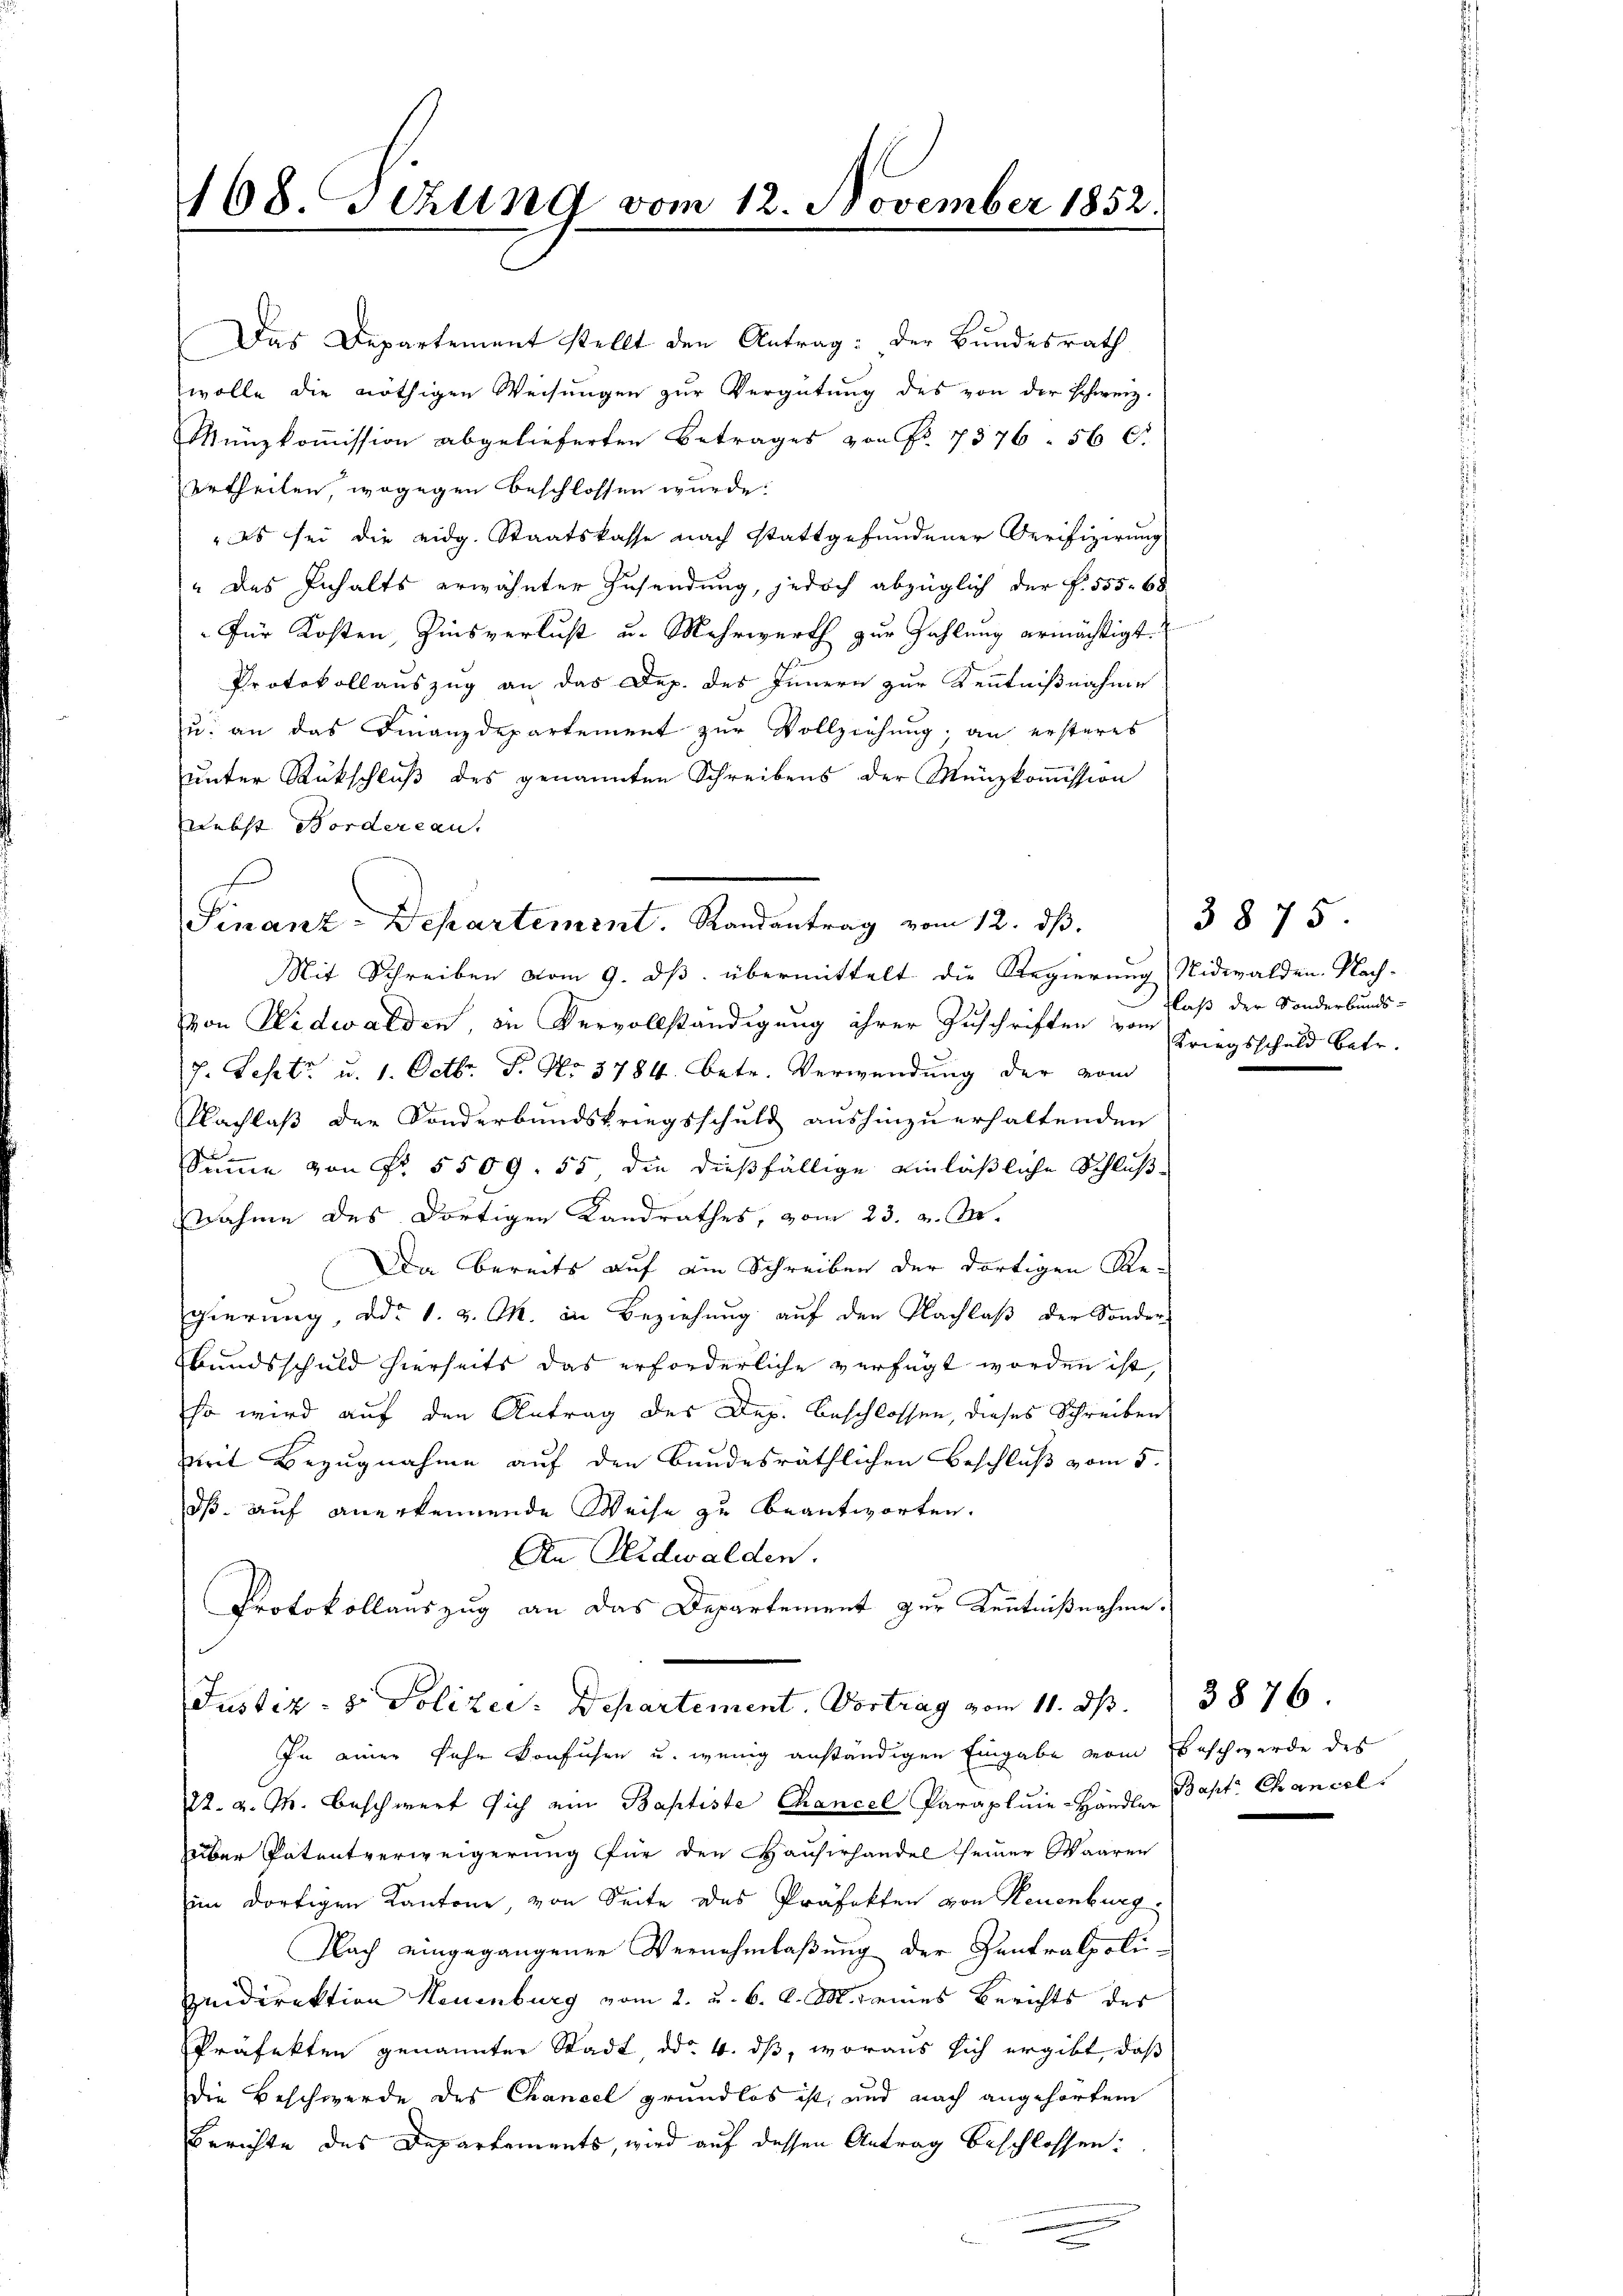
168. Sehling vom 12. November 1852.
.....................................................

Das Departement stellt den Antrag: der Bundesrath
wolle die nöthigen Weisungen zur Vergütung des von der schweiz.
Münzkommission abgelieferten Betrages von Nr. 7376. 56 C.
urtheilen, wogegen beschlossen wurde.
" Es sei die eidg. Staatskasse nach stattgefundener Verifizierung
" des Inhalts erwähnter Zusendung, jedoch abzüglich der f. 555. 68
Für Kosten, Zinsverlust u. Mehrwerth zur Zahlung ermächtigt.
Protokollauszug an das Dep. des Innern zur Kenntnißnahme
u. an das Finanzdepartement zur Vollziehung; an ersteres
unter Rückschluß des genannten Schreibens der Münzkommission
nebst Nordereau.
.
Mit Schreiben vom 9. ds. übermittelt die Regierung Nidwalden. Nachvon Nidwalden, in Vervollständigung ihrer Zuschriften von Kriegsschuld betr.
J. Lesetz u. 1. Octbr. T. No. 3784. betr. Verwendung der vom
Nachlaß der Sonderbundskriegsschuld aushinzuerhaltenden
Summe von Fr. 5509. 55 die dießfällige einläßliche Schlußnahme des dortigen Landrathes, vom 23. v. M.
Da bereits auf ein Schreiben der dortigen Regierung, ddo 1. v. M. in Beziehung auf den Nachlaß der Sonder-
Bundsschuld hierseits das erforderliche verfügt worden ist,
so wird auf den Antrag des Dep. Beschlossen, dieses Schreiben
mit Bezugnahme auf den bundesräthlichen Beschluß vom 5.
dß auf anerkennende Weise zu beantworten.
An Nidwalden.
Protokollauszug an das Departement zur Kenntnißnahme.
Justiz- & Polizei: Departement. Vortrag vom 11. ds.
In einer fahr konfuhren u. wenig anständigen Eingabe vom Beschwerde des
22. v. M. beschwert sich ein Baptiste Chancel Parapluie-Händler Bapt. Chancel
über Patentverweigerung für den Hausirhandel seiner Waaren
n dortigen Kantone, von Seite des Präfekten von Neuenburg
Nach eingegangenen Vernehmlaßung der Zentralpoliquidirektion Neuenburg vom 2. u. 6. d. M. eines Berichts des
Präfekten genannter Stadt, d. 4. ds, woraus sich ergibt, daß
Die Beschwerde des Chancel grundlos ist, und nach angehörtem
Berichte des Departements, wird auf dessen Antrag beschlossen:

Finanz-Departement. Randantrag vom 12. ds.

3875
laß der Sonderbunds-

3876.